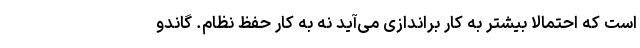
است که احتمالا بیشتر به کار براندازی می‌آید نه به کار حفظ نظام. گاندو